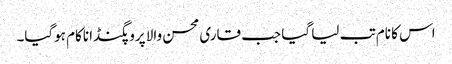
اس کا نام تب لیا گیا جب قاری محسن والا پروپگنڈا ناکام ہوگیا۔